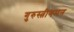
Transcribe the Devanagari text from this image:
गुरुस्त्रीगमन